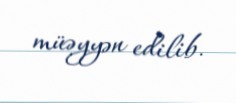
müəyyən edilib.